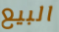
البيع